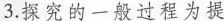
3.探究的一般过程为提